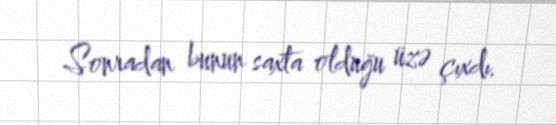
Sonradan bunun saxta olduğu üzə çıxdı.